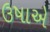
ઉષાએ